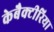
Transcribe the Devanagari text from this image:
केबैक्टीरिया